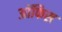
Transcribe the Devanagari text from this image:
अॉफिस